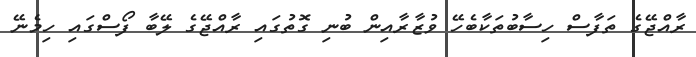
ރާއްޖޭގެ ތަފާސް ހިސާބުތަކާބެހޭ ވުޒާރާއިން ބުނި ގޮތުގައި ރާއްޖޭގެ ލޭބާ ފޯސްގައި ހިމެނޭ